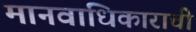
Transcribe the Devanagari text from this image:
मानवाधिकाराची